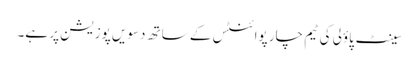
سینٹ پاؤلی کی ٹیم چار پوائنٹس کے ساتھ دسویں پوزیشن پر ہے۔